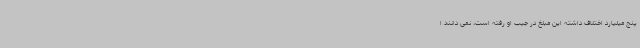
پنج میلیارد اختلاف داشته این مبلغ در جیب او رفته است، نمی دانند ا